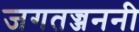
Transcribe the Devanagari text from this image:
जगतज्जननी